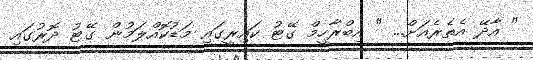
" އާދޭ އެތެރެއަށް... " އިބްރާހީމް ގޭޓު ކައިރީގައި މަޑުކޮއްލަމުން ގޭޓު ދޮރުގައި